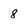
Character: 8